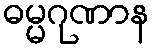
ဓမ္မဂုဏာန